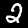
Digit: 2